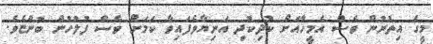
މީގެ އިތުރުން ވެސް އެމީހާއަށް ކުދިކުދި އަނިޔާވެފައިވާ ކަމަށް ވެސް ފުލުހުން ބުންޏެވެ.